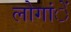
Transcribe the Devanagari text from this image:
लोगांें